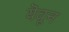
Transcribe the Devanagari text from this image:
यॆवून